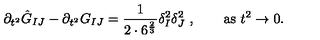
\partial _ { t ^ { 2 } } \hat { G } _ { I J } - \partial _ { t ^ { 2 } } G _ { I J } = { \frac { 1 } { 2 \cdot 6 ^ { \frac { 2 } { 3 } } } } \delta _ { I } ^ { 2 } \delta _ { J } ^ { 2 } \ , \qquad \mathrm { a s } \ t ^ { 2 } \rightarrow 0 .